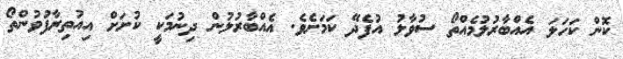
ކޮން ކަހަލަ އެއްބާރުލުމެއްތޯ ސުވާލު އުފެދޭ ކަމަށެވެ. އެއްބާރުލުން ދިނުމަކީ ކުށަށް އިއުތިރާފުވުންތޯ